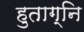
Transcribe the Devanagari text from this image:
हुताग्नि